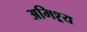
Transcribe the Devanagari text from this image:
अमिश्र्य